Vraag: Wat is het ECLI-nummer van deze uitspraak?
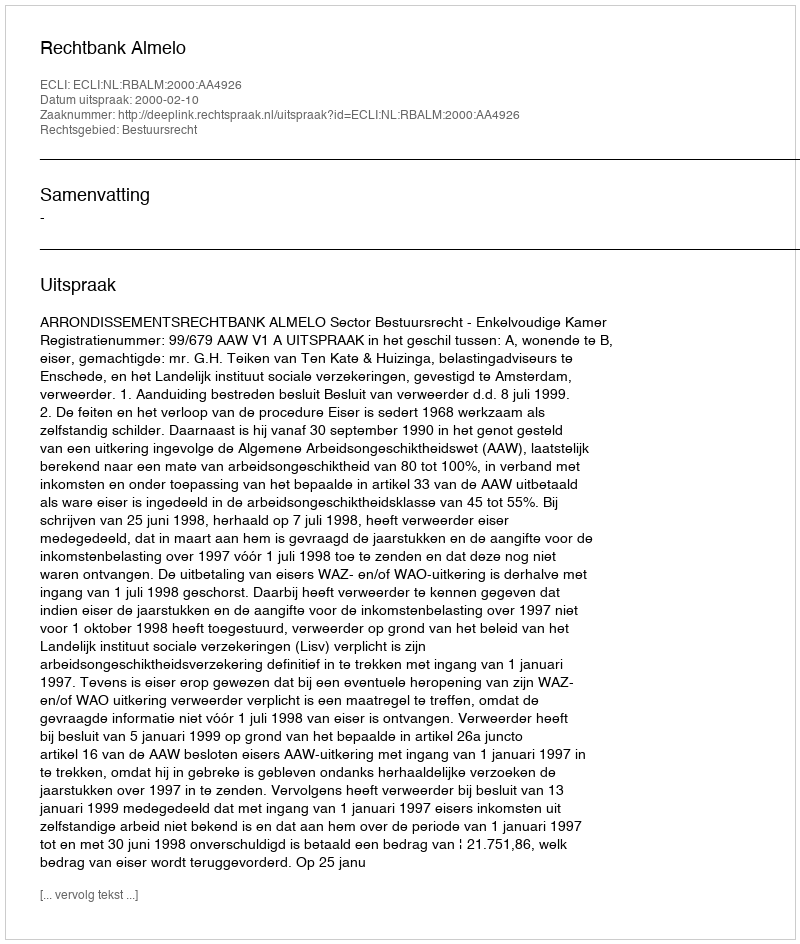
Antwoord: ECLI:NL:RBALM:2000:AA4926